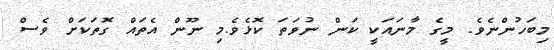
މިބަހުންނެވެ. މީގެ މާނައަކީ ކަން ނުވަތަ ކޮޅެވެ.މި ނޫން އެތައް ގޮތަކަށް ވެސް